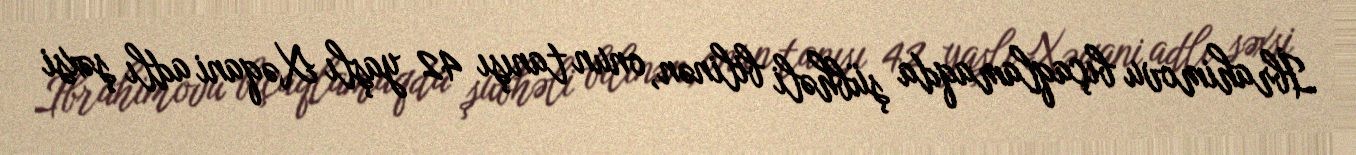
İbrahimovu bıçaqlamaqda şübhəli bilinən, onun tanışı 42 yaşlı Xəqani adlı şəxsi